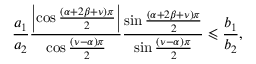
\frac { a _ { 1 } } { a _ { 2 } } \frac { \left\vert \cos \frac { \left( \alpha + 2 \beta + \nu \right) \pi } { 2 } \right\vert } { \cos \frac { \left( \nu - \alpha \right) \pi } { 2 } } \frac { \sin \frac { \left( \alpha + 2 \beta + \nu \right) \pi } { 2 } } { \sin \frac { \left( \nu - \alpha \right) \pi } { 2 } } \leqslant \frac { b _ { 1 } } { b _ { 2 } } ,